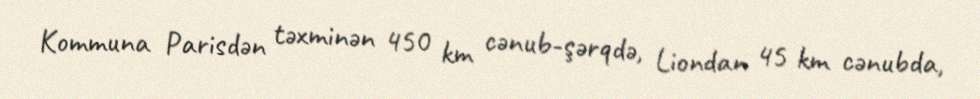
Kommuna Parisdən təxminən 450 km cənub-şərqdə, Liondan 45 km cənubda,